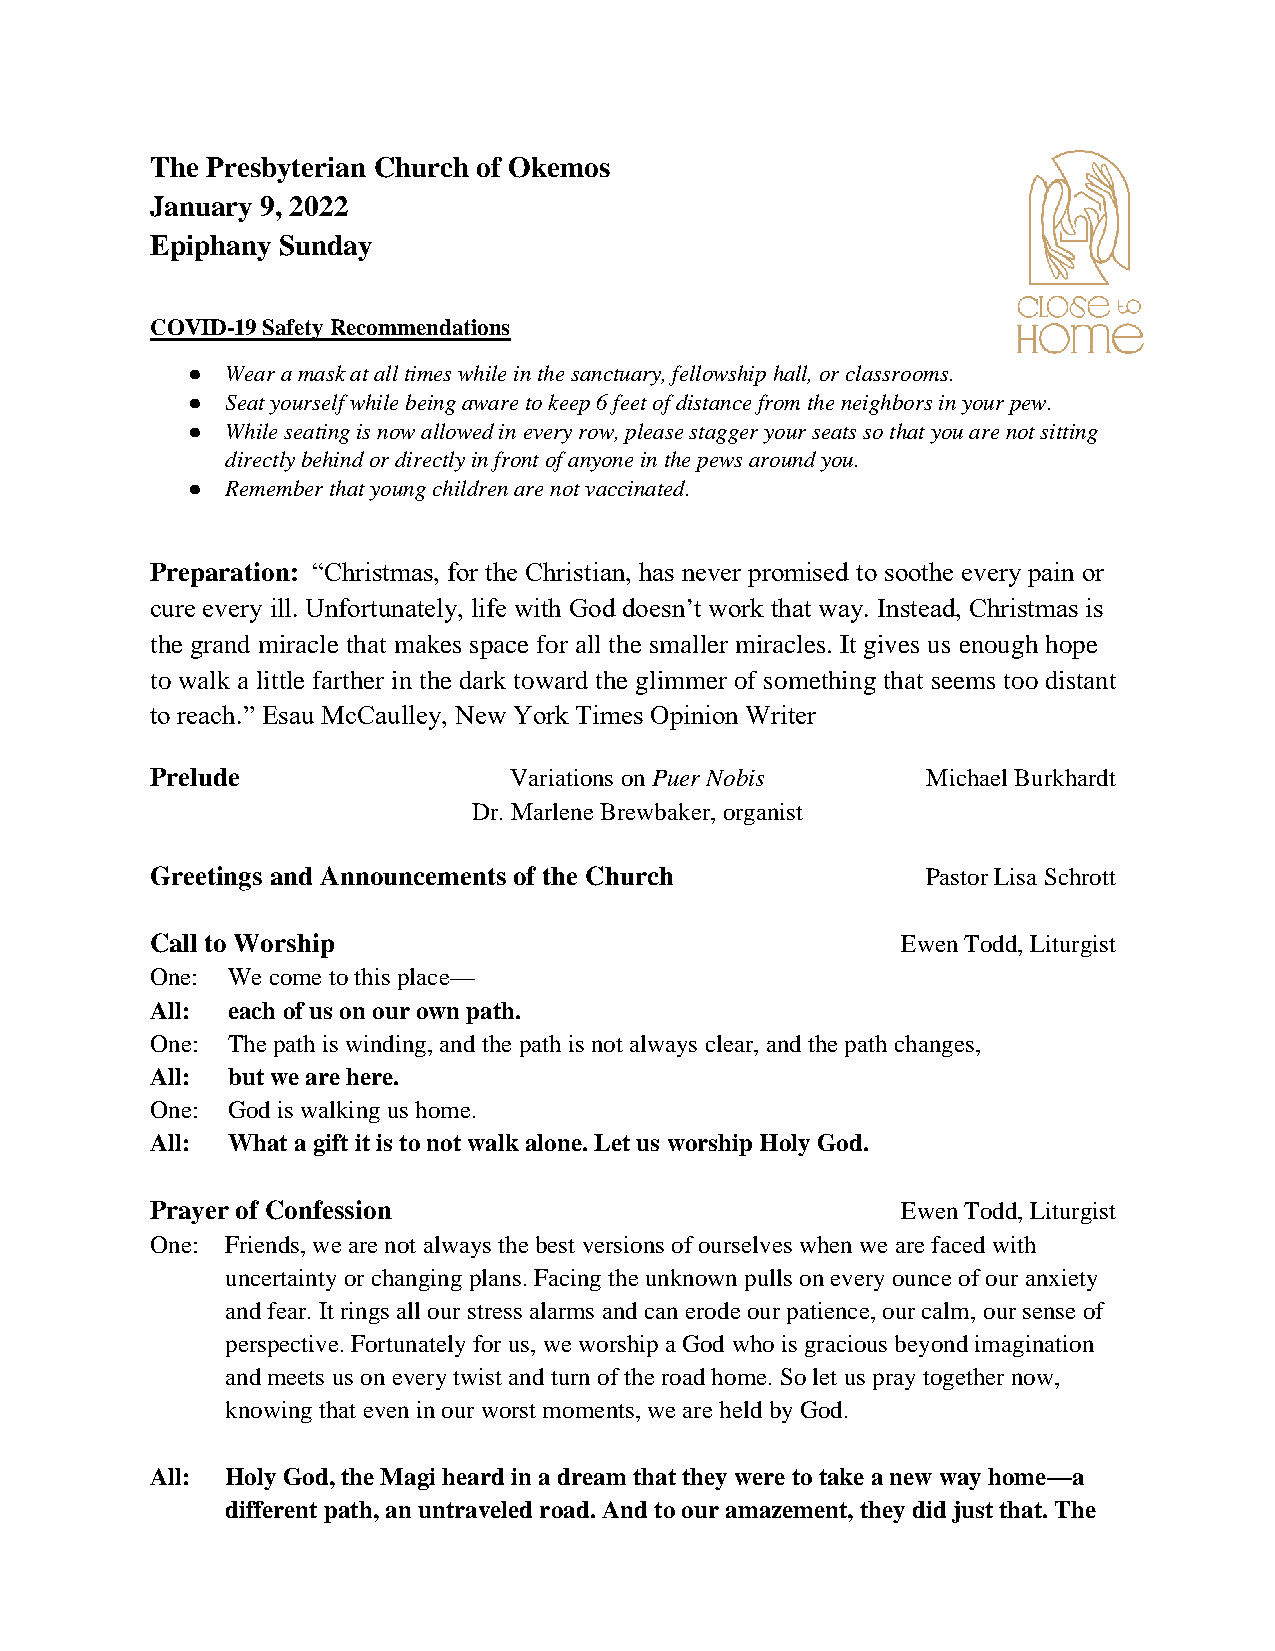
The Presbyterian Church of Okemos
 January 9, 2022
 Epiphany Sunday
 COVID-19 Safety Recommendations
 ●  Wear a mask at all times while in the sanctuary, fellowship hall, or classrooms.
 ●  Seat yourself while being aware to keep 6 feet of distance from the neighbors in your pew.
 ●  While seating is now allowed in every row, please stagger your seats so that you are not sitting
 directly behind or directly in front of anyone in the pews around you.
 ●  Remember that young children are not vaccinated.
 Preparation: “Christmas, for the Christian, has never promised to soothe every pain or
 cure every ill. Unfortunately, life with God doesn’t work that way. Instead, Christmas is
 the grand miracle that makes space for all the smaller miracles. It gives us enough hope
 to walk a little farther in the dark toward the glimmer of something that seems too distant
 to reach.” Esau McCaulley, New York Times Opinion Writer
 Prelude                 Variations on Puer Nobis   Michael Burkhardt
 Dr. Marlene Brewbaker, organist
 Greetings and Announcements of the Church          Pastor Lisa Schrott
 Call to Worship                                   Ewen Todd, Liturgist
 One: We come to this place—
 All: each of us on our own path.
 One: The path is winding, and the path is not always clear, and the path changes,
 All: but we are here.
 One: God is walking us home.
 All: What a gift it is to not walk alone. Let us worship Holy God.
 Prayer of Confession                              Ewen Todd, Liturgist
 One: Friends, we are not always the best versions of ourselves when we are faced with
 uncertainty or changing plans. Facing the unknown pulls on every ounce of our anxiety
 and fear. It rings all our stress alarms and can erode our patience, our calm, our sense of
 perspective. Fortunately for us, we worship a God who is gracious beyond imagination
 and meets us on every twist and turn of the road home. So let us pray together now,
 knowing that even in our worst moments, we are held by God.
 All: Holy God, the Magi heard in a dream that they were to take a new way home—a
 different path, an untraveled road. And to our amazement, they did just that. The